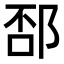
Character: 𨛔